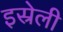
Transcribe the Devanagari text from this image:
इस्रेली